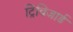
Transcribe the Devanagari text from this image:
ट्रिविजार्ड